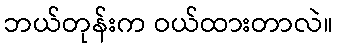
ဘယ်တုန်းက ဝယ်ထားတာလဲ။